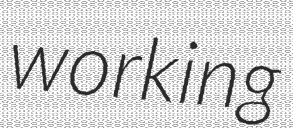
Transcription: working